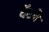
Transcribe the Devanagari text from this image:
वॅटचे